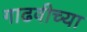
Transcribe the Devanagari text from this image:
गाढवीच्या